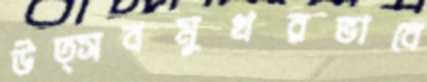
উত্সবমুখরভাবে